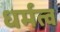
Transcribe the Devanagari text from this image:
धर्मत्व